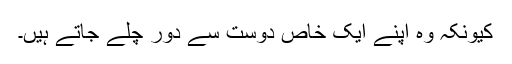
کیونکہ وہ اپنے ایک خاص دوست سے دور چلے جاتے ہیں۔